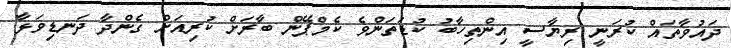
ދައުވާތައް ކުރަނީ ރިޔާސީ އިންތިހާބު ކުޑަތަންވެ ކެމްޕޭން ބާރަށް ކުރިއަށް ގެންދާ ދަނޑިވަޅާ